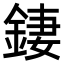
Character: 𨧬